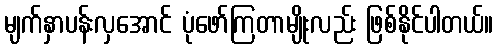
မျက်နှာပန်းလှအောင် ပုံဖော်ကြတာမျိုးလည်း ဖြစ်နိုင်ပါတယ်။